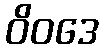
ဝိဝဒေ